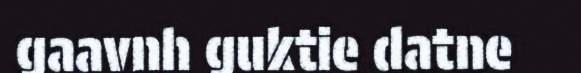
gaavnh guktie datne